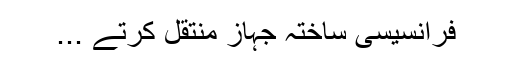
فرانسیسی ساختہ جہاز منتقل کرتے ...